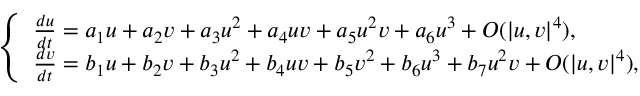
\left\{ \begin{array} { l l } { \frac { d u } { d t } = a _ { 1 } u + a _ { 2 } v + a _ { 3 } u ^ { 2 } + a _ { 4 } u v + a _ { 5 } u ^ { 2 } v + a _ { 6 } u ^ { 3 } + O ( { | u , v | ^ { 4 } } ) , } \\ { \frac { d v } { d t } = b _ { 1 } u + b _ { 2 } v + b _ { 3 } u ^ { 2 } + b _ { 4 } u v + b _ { 5 } v ^ { 2 } + b _ { 6 } u ^ { 3 } + b _ { 7 } u ^ { 2 } v + O ( { | u , v | ^ { 4 } } ) , } \end{array} \right.